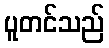
ပူတင်သည်